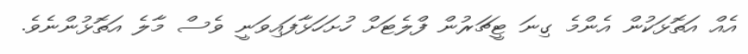
އެއް އަތޮޅަކުން އެންމެ ގިނަ ޓީޗަރުން ފްލެޓަށް ހުށަހަޅާފައިވަނީ ވެސް މާލެ އަތޮޅުންނެވެ.